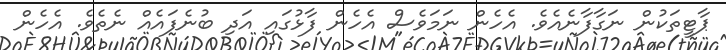
ޕާޓީތަކުން ނަގާފާނެއެވެ. އެހެން ނަމަވެސް އެހެން ފާޅުގައި އަދި ބުނެފައެއް ނެތެވެ. އެހެން